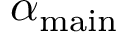
\alpha _ { \mathrm { { m a i n } } }